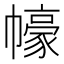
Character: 𱜸